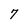
Character: 7